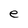
Character: e